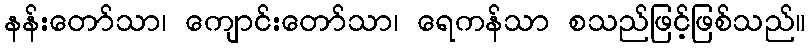
နန်းတော်သာ၊ ကျောင်းတော်သာ၊ ရေကန်သာ စသည်ဖြင့်ဖြစ်သည်။